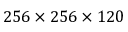
2 5 6 \times 2 5 6 \times 1 2 0